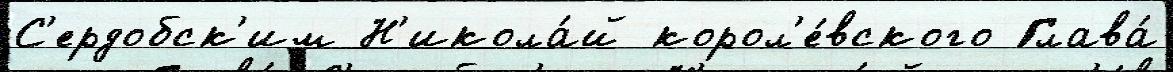
С'ердобск'им Н'икола́й корол'е́вского Глава́